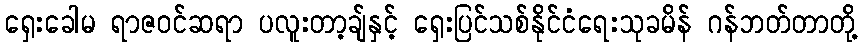
ရှေးခေါမ ရာဇဝင်ဆရာ ပလူးတာ့ချ်နှင့် ရှေးပြင်သစ်နိုင်ငံရေးသုခမိန် ဂန်ဘတ်တာတို့